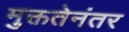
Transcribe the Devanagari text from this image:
मुक्ततेनंतर